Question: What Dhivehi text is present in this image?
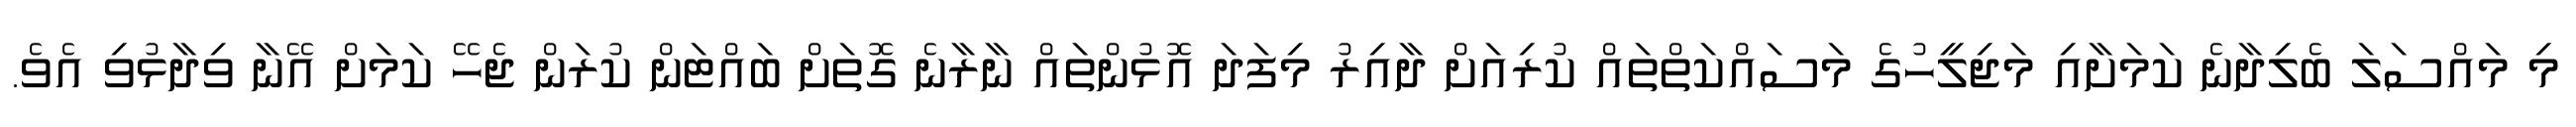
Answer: މި މައްސަލަ ބެލިދާނެ ކަމަށާއި މަޖިލީހުގެ މަސައްކަތްތައް ކުރިއަށް ދާއިރު މިފަދަ އޮޅުންތައް ނާރާނެ ގޮތަށް ބައްޓަން ކުރަން ޖެހޭ ކަމަށް އޭނާ ވިދާޅުވި އެވެ.